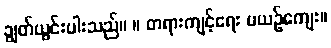
ချွတ်ယွင်းပါးသည်။ ။ တရားကျင့်ရေး မယဉ်ကျေး။